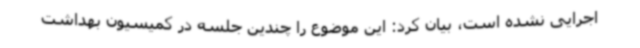
اجرایی نشده است، بیان کرد: این موضوع را چندین جلسه در کمیسیون بهداشت